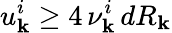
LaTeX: u_{\mathbf{k}}^{i}\ge4\, \nu_{\mathbf{k}}^{i}\, dR_{\mathbf{k}}